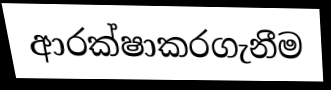
ආරක්ෂාකරගැනීම